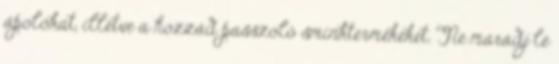
ápolókat, illetve a hozzád passzoló sminktermékeket. Ne maradj le